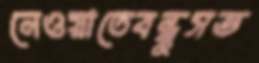
নেওয়াতেবন্ধুসভ